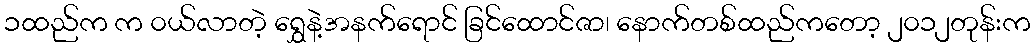
၁ထည်က က ၀ယ်လာတဲ့ ရွှေနဲ့အနက်ရောင် ခြင်ထောင်ဇာ၊ နောက်တစ်ထည်ကတော့ ၂၀၁၂တုန်းက